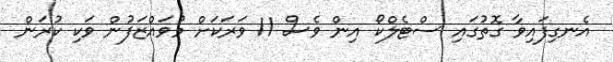
އެނގިފައިވާ ގޮތުގައި ސްޓެލްކޯ އިން ވެސް 11 ވަރަކަށް މުވައްޒަފުން ވަކި ކުރަން